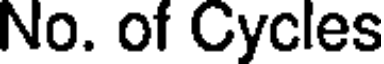
No. of Cycles